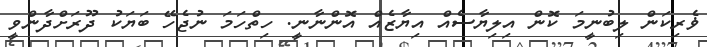
ޥެރިކަން ލިބުނީމަ ކޮން އިލިޔާސެއް އިޔާޒެއް އޮންނާނީ. ހިތްހަމަ ނުޖެހޭ ބަޔަކު ދޫރަށްދާންވީ